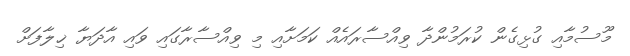
މޫސުމާއި ގުޅިގެން ކުރަމުންދާ ވިއްސާރައެއް ކަމަށާއި މި ވިއްސާރާގައި ވައި އާދަޔާ ޚިލާފަށް